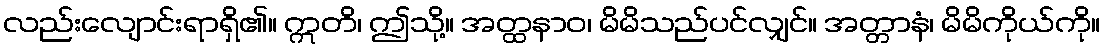
လည်းလျောင်းရာရှိ၏။ ဣတိ၊ ဤသို့။ အတ္ထနာဝ၊ မိမိသည်ပင်လျှင်။ အတ္တာနံ၊ မိမိကိုယ်ကို။